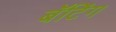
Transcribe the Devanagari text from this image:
बॅटिंग